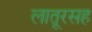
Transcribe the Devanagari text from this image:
लातूरसह